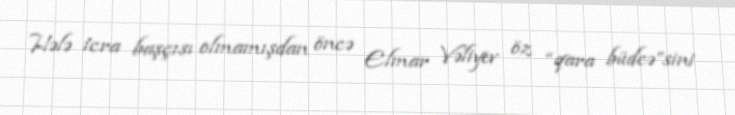
Hələ icra başçısı olmamışdan öncə Elmar Vəliyev öz “qara büdcə”sini